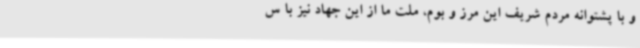
و با پشتوانه مردم شریف این مرز و بوم، ملت ما از این جهاد نیز با س